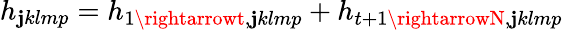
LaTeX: h_{\mathbf{j}klmp}=h_{1\rightarrowt,\mathbf{j}klmp}+h_{t+1\rightarrowN,\mathbf{j}klmp}